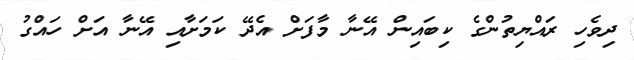
ދިވެހި ރައްޔިތުންގެ ކިބައިން އޭނާ މާފަށް އެދޭ ކަމަށާއި އޭނާ އަށް ހައްގު